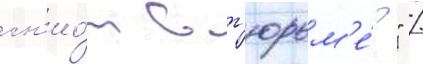
гн'ио́т в т'юрьм'е́?" /